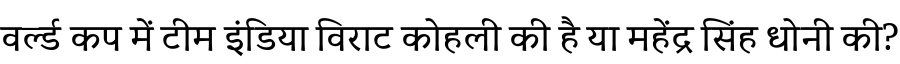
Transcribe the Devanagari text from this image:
वर्ल्ड कप में टीम इंडिया विराट कोहली की है या महेंद्र सिंह धोनी की?